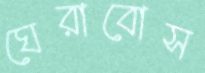
ঘেরাবোস